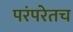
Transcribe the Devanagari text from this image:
परंपरेतच